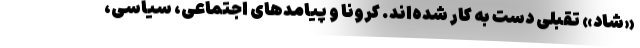
«شاد» تقبلی دست به کار شده‌اند. کرونا و پیامدهای اجتماعی، سیاسی،